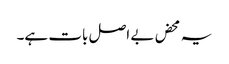
یہ محض بے اصل بات ہے۔